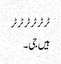
ٹر ٹر ٹر ٹر ٹر ٹر
ہیں جی۔